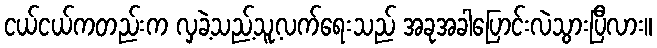
ငယ်ငယ်ကတည်းက လှခဲ့သည့်သူ့လက်ရေးသည် အခုအခါပြောင်းလဲသွားပြီလား။